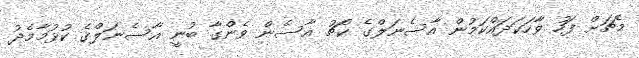
މެޗަށް ފަހު ވާހަކަދައްކަމުން އާސެނަލްގެ ކޯޗު އާސެން ވެންގާ ބުނީ އާސެނަލްގެ ކުޅުމާމެދު